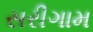
સરીગામ